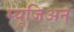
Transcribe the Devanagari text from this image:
म्यूजिअन